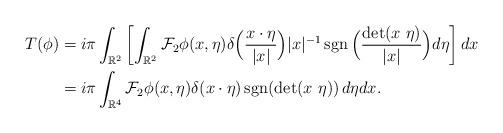
LaTeX: \begin{align*}T(\phi) & = i\pi \int_{\mathbb{R}^2} \left[ \int_{\mathbb{R}^2} \mathcal{F}_2 {\phi}(x,\eta) \delta\Big(\frac{x\cdot\eta}{|x|}\Big)|x|^{-1} \mathop{\textup{sgn}}\Big(\frac{\det(x\ \eta)}{|x|}\Big) d\eta \right] dx \\& = i\pi \int_{\mathbb{R}^4} \mathcal{F}_2 {\phi}(x,\eta) \delta({x\cdot\eta})\mathop{\textup{sgn}}(\det(x\ \eta)) \,d\eta dx. \end{align*}